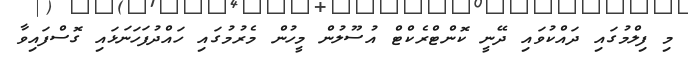
މި ފިލްމުގައި ދައްކުވައި ދޭނީ ކޮންޓްރެކްޓް އުސޫލުން މީހުން މެރުމުގައި ހައްދުފަހަނަޅައި ގޮސްފައިވާ